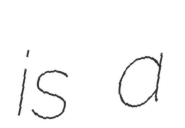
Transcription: is a